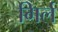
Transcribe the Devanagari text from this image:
गिर्ल